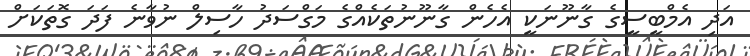
އަދި އެމްބީސީގެ ގާނޫނަކީ އެހެން ގާނޫނުތަކެއްގެ މަގްސަދު ހާސިލް ނުވާނެ ފަދަ ގޮތަކަށް